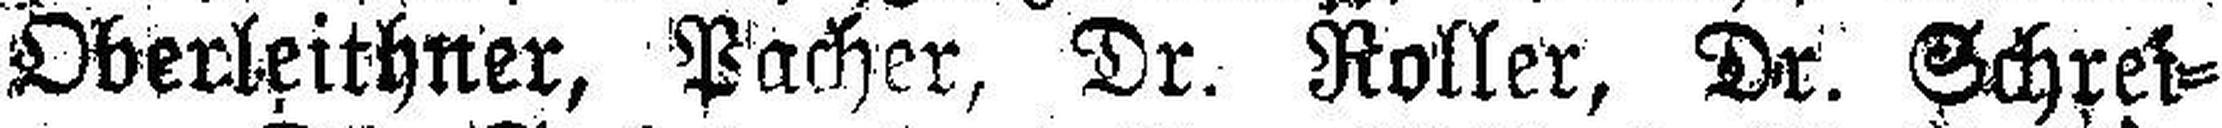
Oberleithner, Pacher, Dr. Roller, Dr. Schrei¬